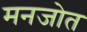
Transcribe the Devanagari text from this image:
मनजोत